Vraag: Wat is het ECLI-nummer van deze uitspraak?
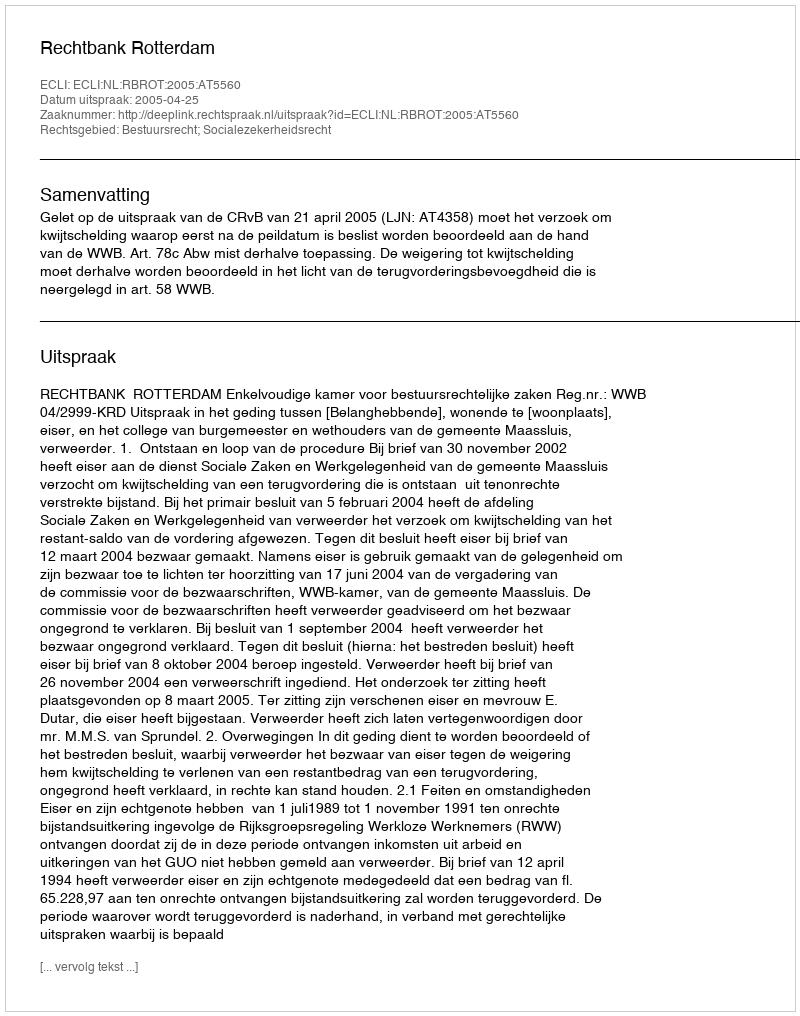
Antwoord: ECLI:NL:RBROT:2005:AT5560